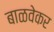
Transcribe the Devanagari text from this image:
बाळवेकर